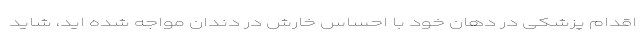
اقدام پزشکی در دهان خود با احساس خارش در دندان مواجه شده اید، شاید